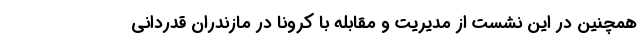
همچنین در این نشست از مدیریت و مقابله با کرونا در مازندران قدردانی